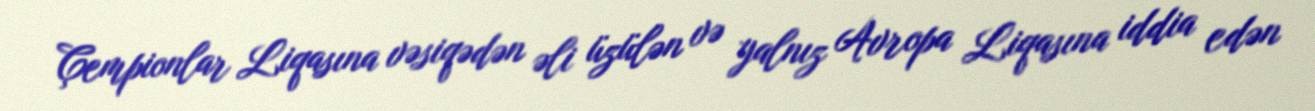
Çempionlar Liqasına vəsiqədən əli üzülən və yalnız Avropa Liqasına iddia edən